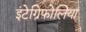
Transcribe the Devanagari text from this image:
इंटेग्रिफ़ोलिया